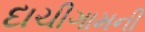
દાચીગામની